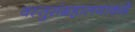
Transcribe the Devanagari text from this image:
वस्तुसंग्रहालयाकडे